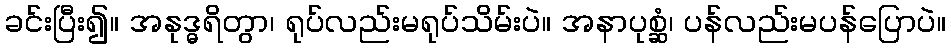
ခင်းပြီး၍။ အနုဒ္ဓရိတွာ၊ ရုပ်လည်းမရုပ်သိမ်းပဲ။ အနာပုစ္ဆံ၊ ပန်လည်းမပန်ပြောပဲ။